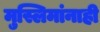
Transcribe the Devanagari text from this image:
मुस्लिमांनाही